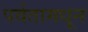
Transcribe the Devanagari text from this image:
पर्वतामधून